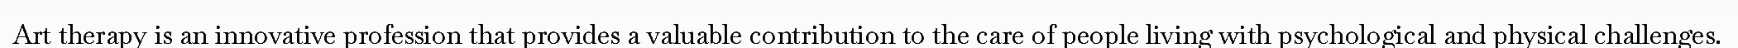
Art therapy is an innovative profession that provides a valuable contribution to the care of people living with psychological and physical challenges.